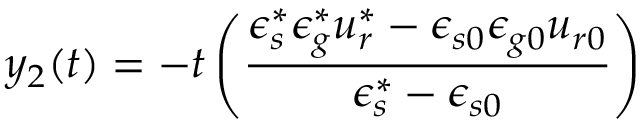
y _ { 2 } ( t ) = - t \left( \frac { \epsilon _ { s } ^ { * } \epsilon _ { g } ^ { * } u _ { r } ^ { * } - \epsilon _ { s 0 } \epsilon _ { g 0 } u _ { r 0 } } { \epsilon _ { s } ^ { * } - \epsilon _ { s 0 } } \right)